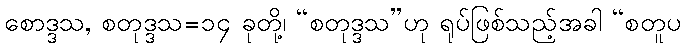
စောဒ္ဒသ, စတုဒ္ဒသ=၁၄ ခုတို့၊ “စတုဒ္ဒသ”ဟု ရုပ်ဖြစ်သည့်အခါ “စတူပ